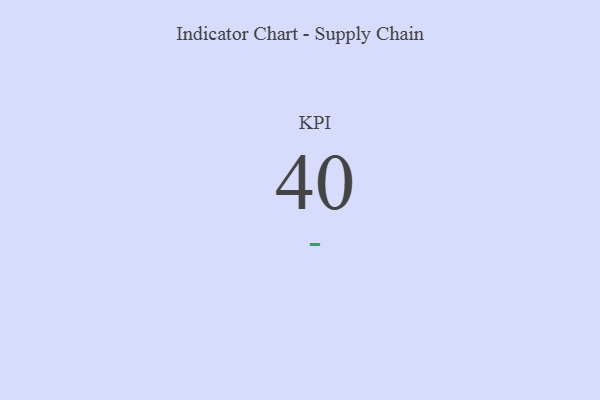
{"axis": {"x": "KPI", "y": "Value"}, "legend": [""], "data": [{"x": "KPI", "y": 40, "type": ""}]}